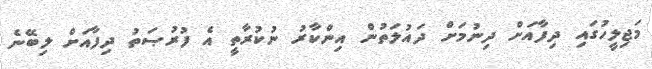
މަޖިލީހުގައި ދިފާއަށް ދިނުމަށް ދައުލަތުން އިންކާރު ނުކުރާތީ އެ ފުރުޞަތު ދިފާއަށް ލިބޭނެ